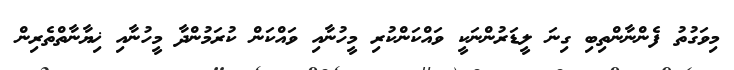
މިވަގުތު ފެންނާންތިބި ގިނަ ލީޑަރުންނަކީ ވައްކަންކުރި މީހުނާއި ވައްކަން ކުރަމުންދާ މީހުނާއި ޚިޔާނާތްތެރިން